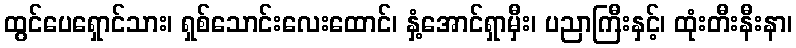
ထွင်ပေရှောင်သား၊ ရှစ်သောင်းလေးထောင်၊ နှံ့အောင်ရှာမှီး၊ ပညာကြီးနှင့်၊ ထုံးတီးနီးနာ၊